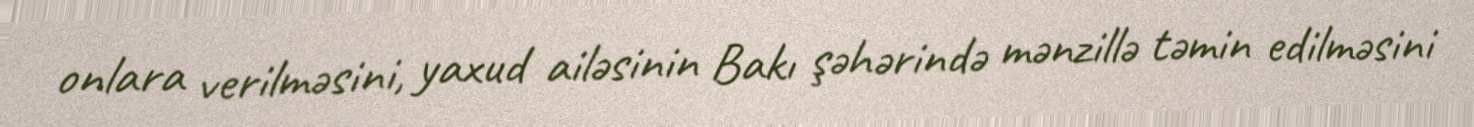
onlara verilməsini, yaxud ailəsinin Bakı şəhərində mənzillə təmin edilməsini